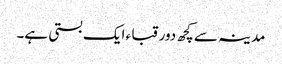
مدینہ سے کچھ دور قبا ء ایک بستی ہے۔